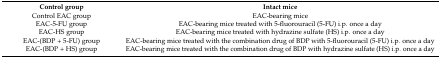
| Control group | Intact mice |
 | --- | --- |
 | Control EAC group | EAC-bearing mice |
 | EAC-5-FU group | EAC-bearing mice treated with 5-fluorouracil (5-FU) i.p. once a day |
 | EAC-HS group | EAC-bearing mice treated with hydrazine sulfate (HS) i.p. once a day |
 | EAC-(BDP + 5-FU) group | EAC-bearing mice treated with the combination drug of BDP with 5-fluorouracil (5-FU) i.p. once a day |
 | EAC-(BDP + HS) group | EAC-bearing mice treated with the combination drug of BDP with hydrazine sulfate (HS) i.p. once a day |